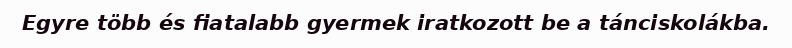
Egyre több és fiatalabb gyermek iratkozott be a tánciskolákba.